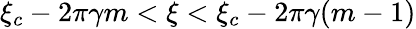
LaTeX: \xi_{c}-2\pi\gamma m<\xi<\xi_{c}-2\pi\gamma(m-1)